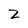
Character: Z